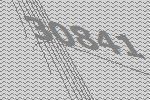
30841